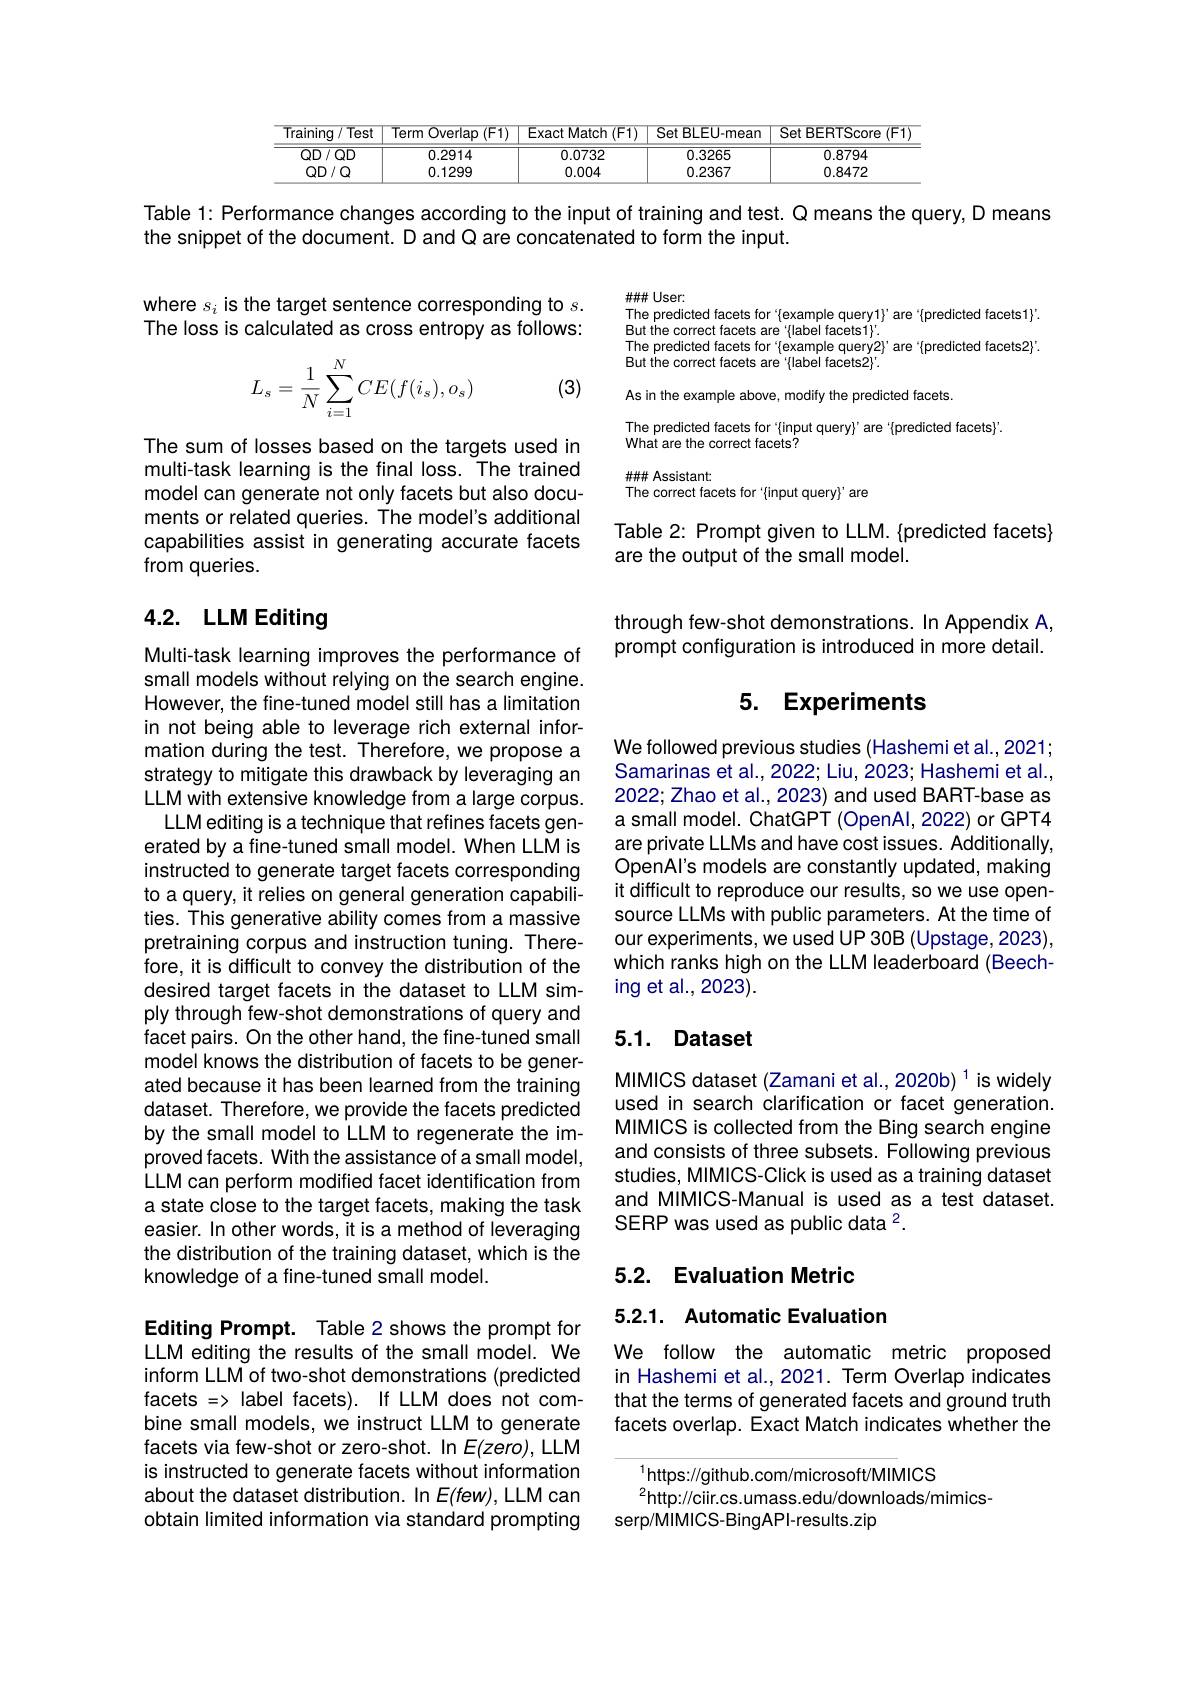
<table>
	<tbody>
		<tr>
			<th>Training $1/Test$</th>
			<th>Term Overlap $\overline{(\mathrm{F1})}$</th>
			<th>Exact Match $1(F1)$</th>
			<th>Set BLEU-mean</th>
			<th>Set BERTScore $(\mathsf{F1}$</th>
		</tr>
		<tr>
			<td>$QD/QD$</td>
			<td>0.2914</td>
			<td>0.0732</td>
			<td>0.3265</td>
			<td>0.8794</td>
		</tr>
		<tr>
			<td>$QD/Q$</td>
			<td>0.1299</td>
			<td>0.004</td>
			<td>0.2367</td>
			<td>0.8472</td>
		</tr>
	</tbody>
</table>

Table 1: Performance changes according to the input of training and test. Q means the query, D means
the snippet of the document. D and Q are concatenated to form the input.

where $s_i$ is the target sentence corresponding to $s.$ The loss is calculated as cross entropy as follows:
$$L_s=\dfrac{1}{N}\sum_{i=1}^NCE(f(i_s),o_s)$$
(3)

$\#\#U$ser:
The predicted facets for "fexample query1}'are '{predicted facets1}'.
But the correct facets are {label facets1}'.
The predicted facets for {example query2}'are‘{predicted facets2}'.
But the correct facets are'{label facets2}'.
As in the example above, modify the predicted facets.
The predicted facets for {input query}'are {predicted facets}'.
What are the correct facets?
HHH Assistant
The correct facets for '{input query}' are

The sum of losses based on the targets used in multi-task learning is the final loss. The trained model can generate not only facets but also documents or related queries. The model's additional capabilities assist in generating accurate facets from queries.

Table 2: Prompt given to LLM. {predicted facets}
are the output of the small model.

# 4.2. LLM Editing

through few-shot demonstrations. In Appendix A, prompt configuration is introduced in more detail.

## 5. Experiments

We followed previous studies (Hashemi et al., 2021; Samarinas et al., 2022; Liu, 2023; Hashemi et al., 2022; Zhao et al., 2023) and used BART-base as a small model. ChatGPT (OpenAl, 2022) or GPT4 are private LLMs and have cost issues. Additionally, OpenAl's models are constantly updated, making it difficult to reproduce our results, so we use opensource LLMs with public parameters. At the time of our experiments, we used UP 30B (Upstage, 2023), which ranks high on the LLM leaderboard (Beeching et al., 2023).

Multi-task learning improves the performance of small models without relying on the search engine. However, the fine-tuned model still has a limitation in not being able to leverage rich external information during the test. Therefore, we propose a strategy to mitigate this drawback by leveraging an LLM with extensive knowledge from a large corpus.
LLM editing is a technique that refines facets generated by a fine-tuned small model. When LLM is instructed to generate target facets corresponding to a query, it relies on general generation capabilities. This generative ability comes from a massive pretraining corpus and instruction tuning. Therefore, it is difficult to convey the distribution of the desired target facets in the dataset to LLM simply through few-shot demonstrations of query and facet pairs. On the other hand, the fine-tuned small model knows the distribution of facets to be generated because it has been learned from the training dataset. Therefore, we provide the facets predicted by the small model to LLM to regenerate the improved facets. With the assistance of a small model, LLM can perform modified facet identification from a state close to the target facets, making the task easier. In other words, it is a method of leveraging the distribution of the training dataset, which is the knowledge of a fine-tuned small model.

## 5.1. Dataset

MIMICS dataset (Zamani et al.,2020b) $^1$ is widely used in search clarification or facet generation. MIMICS is collected from the Bing search engine and consists of three subsets. Following previous studies, MIMICS-Click is used as a training dataset and MIMICS-Manual is used as a test dataset. SERP was used as public data $^2.$

## 5.2. Evaluation Metric

5.2.1. Automatic Evaluation

We follow the automatic metric proposed in Hashemi et al.,2021. Term Overlap indicates that the terms of generated facets and ground truth facets overlap. Exact Match indicates whether the

Editing Prompt. Table 2 shows the prompt for LLM editing the results of the small model. We inform LLM of two-shot demonstrations (predicted facets => label facets). If LLM does not combine small models, we instruct LLM to generate facets via few-shot or zero-shot. In E(zero), LLM is instructed to generate facets without information about the dataset distribution. In $E(few)$, LLM can obtain limited information via standard prompting

$^{1}$https://github.com/microsoft/MIMICS
$^{2}$http://ciir.cs.umass.edu/downloads/mimics-
serp/MIMICS-BingAPI-results.zip